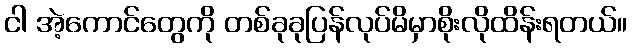
ငါ အဲ့ကောင်တွေကို တစ်ခုခုပြန်လုပ်မိမှာစိုးလိုထိန်းရတယ်။